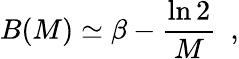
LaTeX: B(M)\simeq\beta-\frac{\ln 2}{M}\, \, \, ,